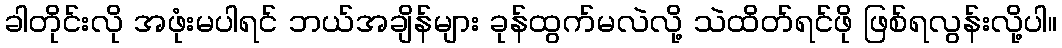
ခါတိုင်းလို အဖုံးမပါရင် ဘယ်အချိန်များ ခုန်ထွက်မလဲလို့ သဲထိတ်ရင်ဖို ဖြစ်ရလွန်းလို့ပါ။